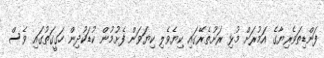
ފަންޑިތަވެރިޔާގެ އަމުރަށް މުޅި ރަށުތެރޭގައި ކިޔެވެލި ކިޔަވަން ފެށުމުން ކުޑަކުދިން ހަގީގަތުގައި ވެސް